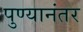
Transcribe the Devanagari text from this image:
पुण्यानंतर